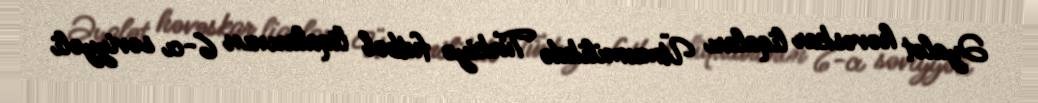
Əyalət həvəskar liqaları Ümumilikdə Türkiyə futbol liqalarının 6-cı səviyyəli